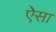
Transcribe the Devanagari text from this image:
ऐेसा